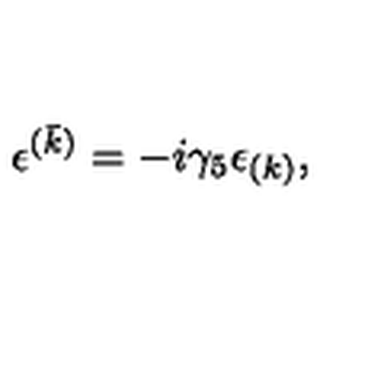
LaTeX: \epsilon ^ { ( \bar { k } ) } = - i \gamma _ { 5 } \epsilon _ { ( k ) } ,